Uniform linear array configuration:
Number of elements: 64
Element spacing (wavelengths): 0.5
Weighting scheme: exponential
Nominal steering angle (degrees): -60
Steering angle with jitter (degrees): -61.621
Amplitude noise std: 0.05
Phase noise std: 0.05

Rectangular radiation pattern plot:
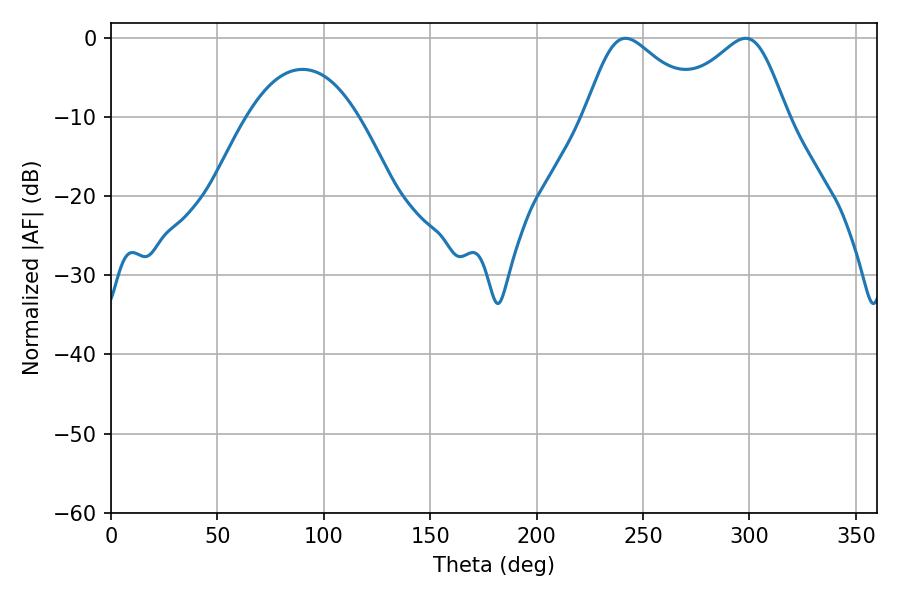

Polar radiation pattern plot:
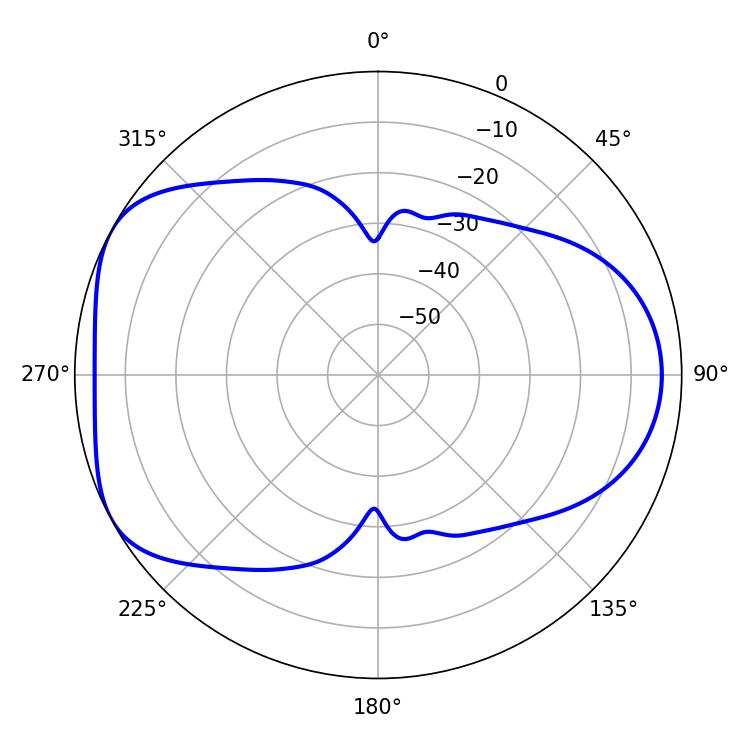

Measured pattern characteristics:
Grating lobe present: FALSE
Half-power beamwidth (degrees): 27.72
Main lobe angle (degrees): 241.74